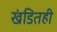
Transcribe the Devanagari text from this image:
खंडितही